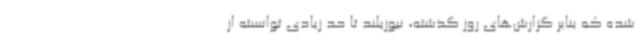
شده که بنابر گزارش‌های روز گذشته، نیوزیلند تا حد زیادی توانسته از